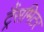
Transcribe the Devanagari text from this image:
ट्रैंसमिटर